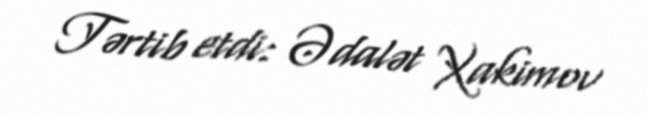
Tərtib etdi: Ədalət Xakimov